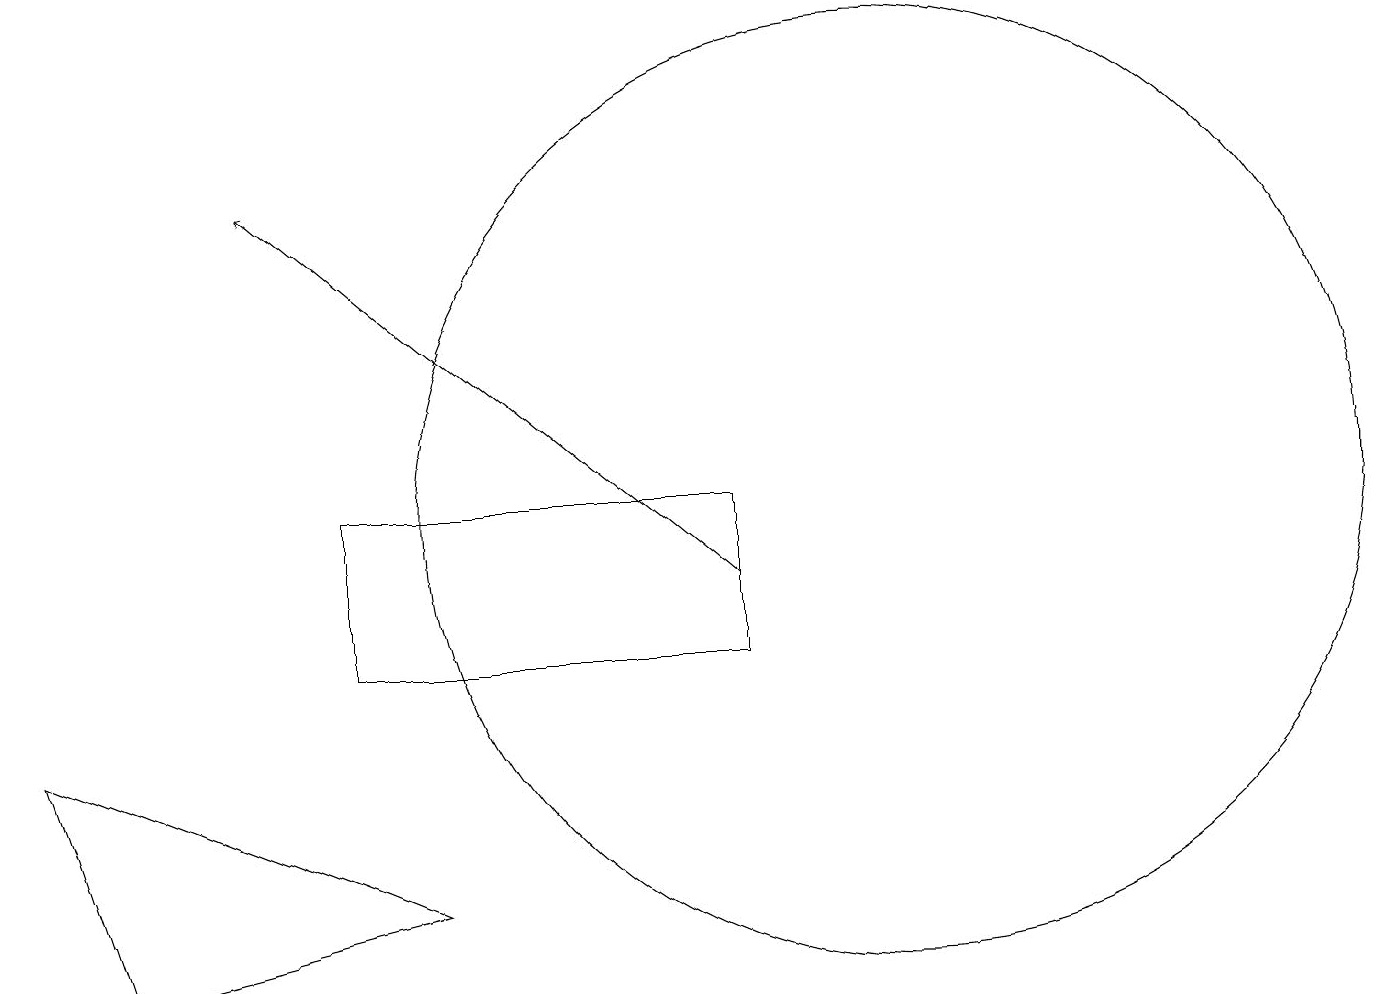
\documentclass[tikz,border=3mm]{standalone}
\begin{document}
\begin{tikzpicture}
\draw[->] (9,11) -- (3,16);
\draw (0,9) -- (5,7) -- (1,6) -- cycle;
\draw (4,10) rectangle (9,12);
\draw (11,12) circle (6);
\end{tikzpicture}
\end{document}